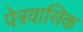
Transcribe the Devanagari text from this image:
पेत्रवासिक